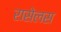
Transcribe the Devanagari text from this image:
रासेलस